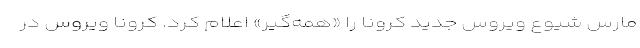
مارس شیوع ویروس جدید کرونا را «همه‌گیر» اعلام کرد. کرونا ویروس در